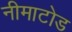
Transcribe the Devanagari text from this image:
नीमाटोड